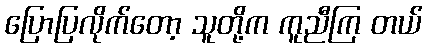
ပြောပြလိုက်တော့ သူတို့က ကူညီကြ တယ်